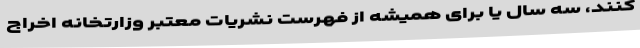
کنند، سه سال یا برای همیشه از فهرست نشریات معتبر وزارتخانه اخراج